Bréfritari: Sesselja Jónsdóttir
Viðtakandi: Jón Borgfirðingur
Dagsetning: A-1859-02-11
Skrifað á: Sólheimar í Blönduhlíð  Skag.
13 ára árið 1855 og var fósturd. Ól. Ólafssonar b. á Sólheimum

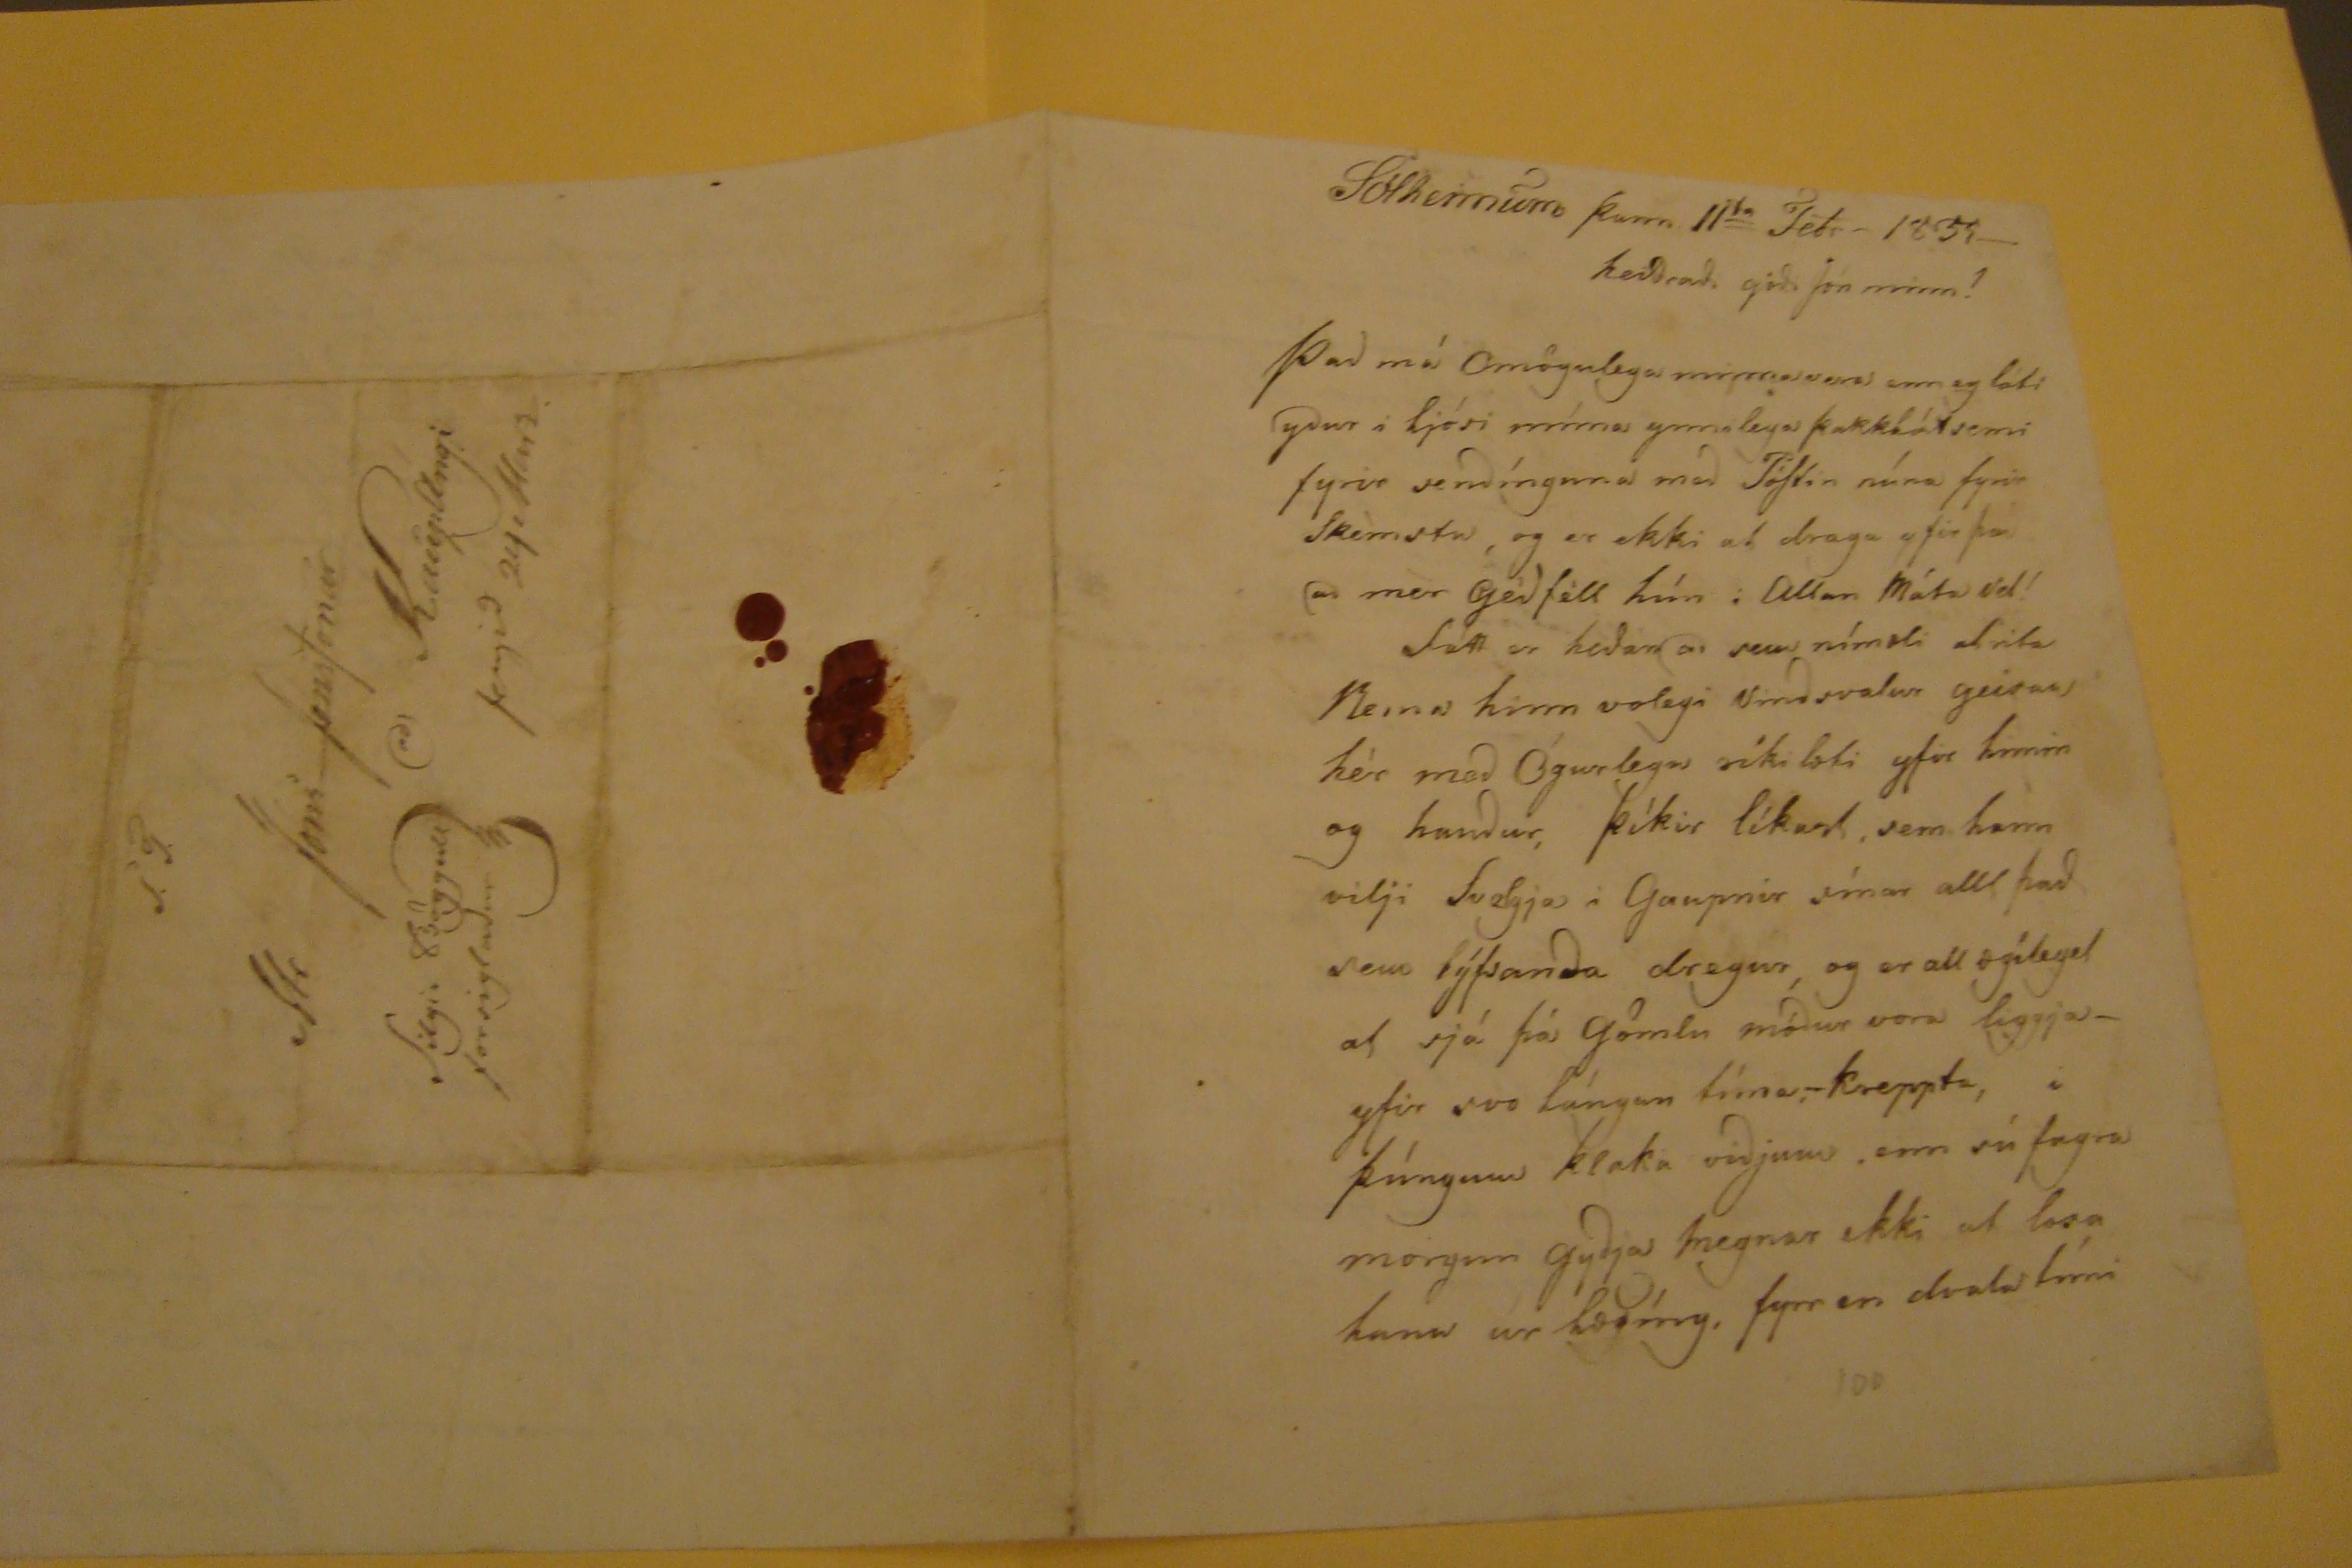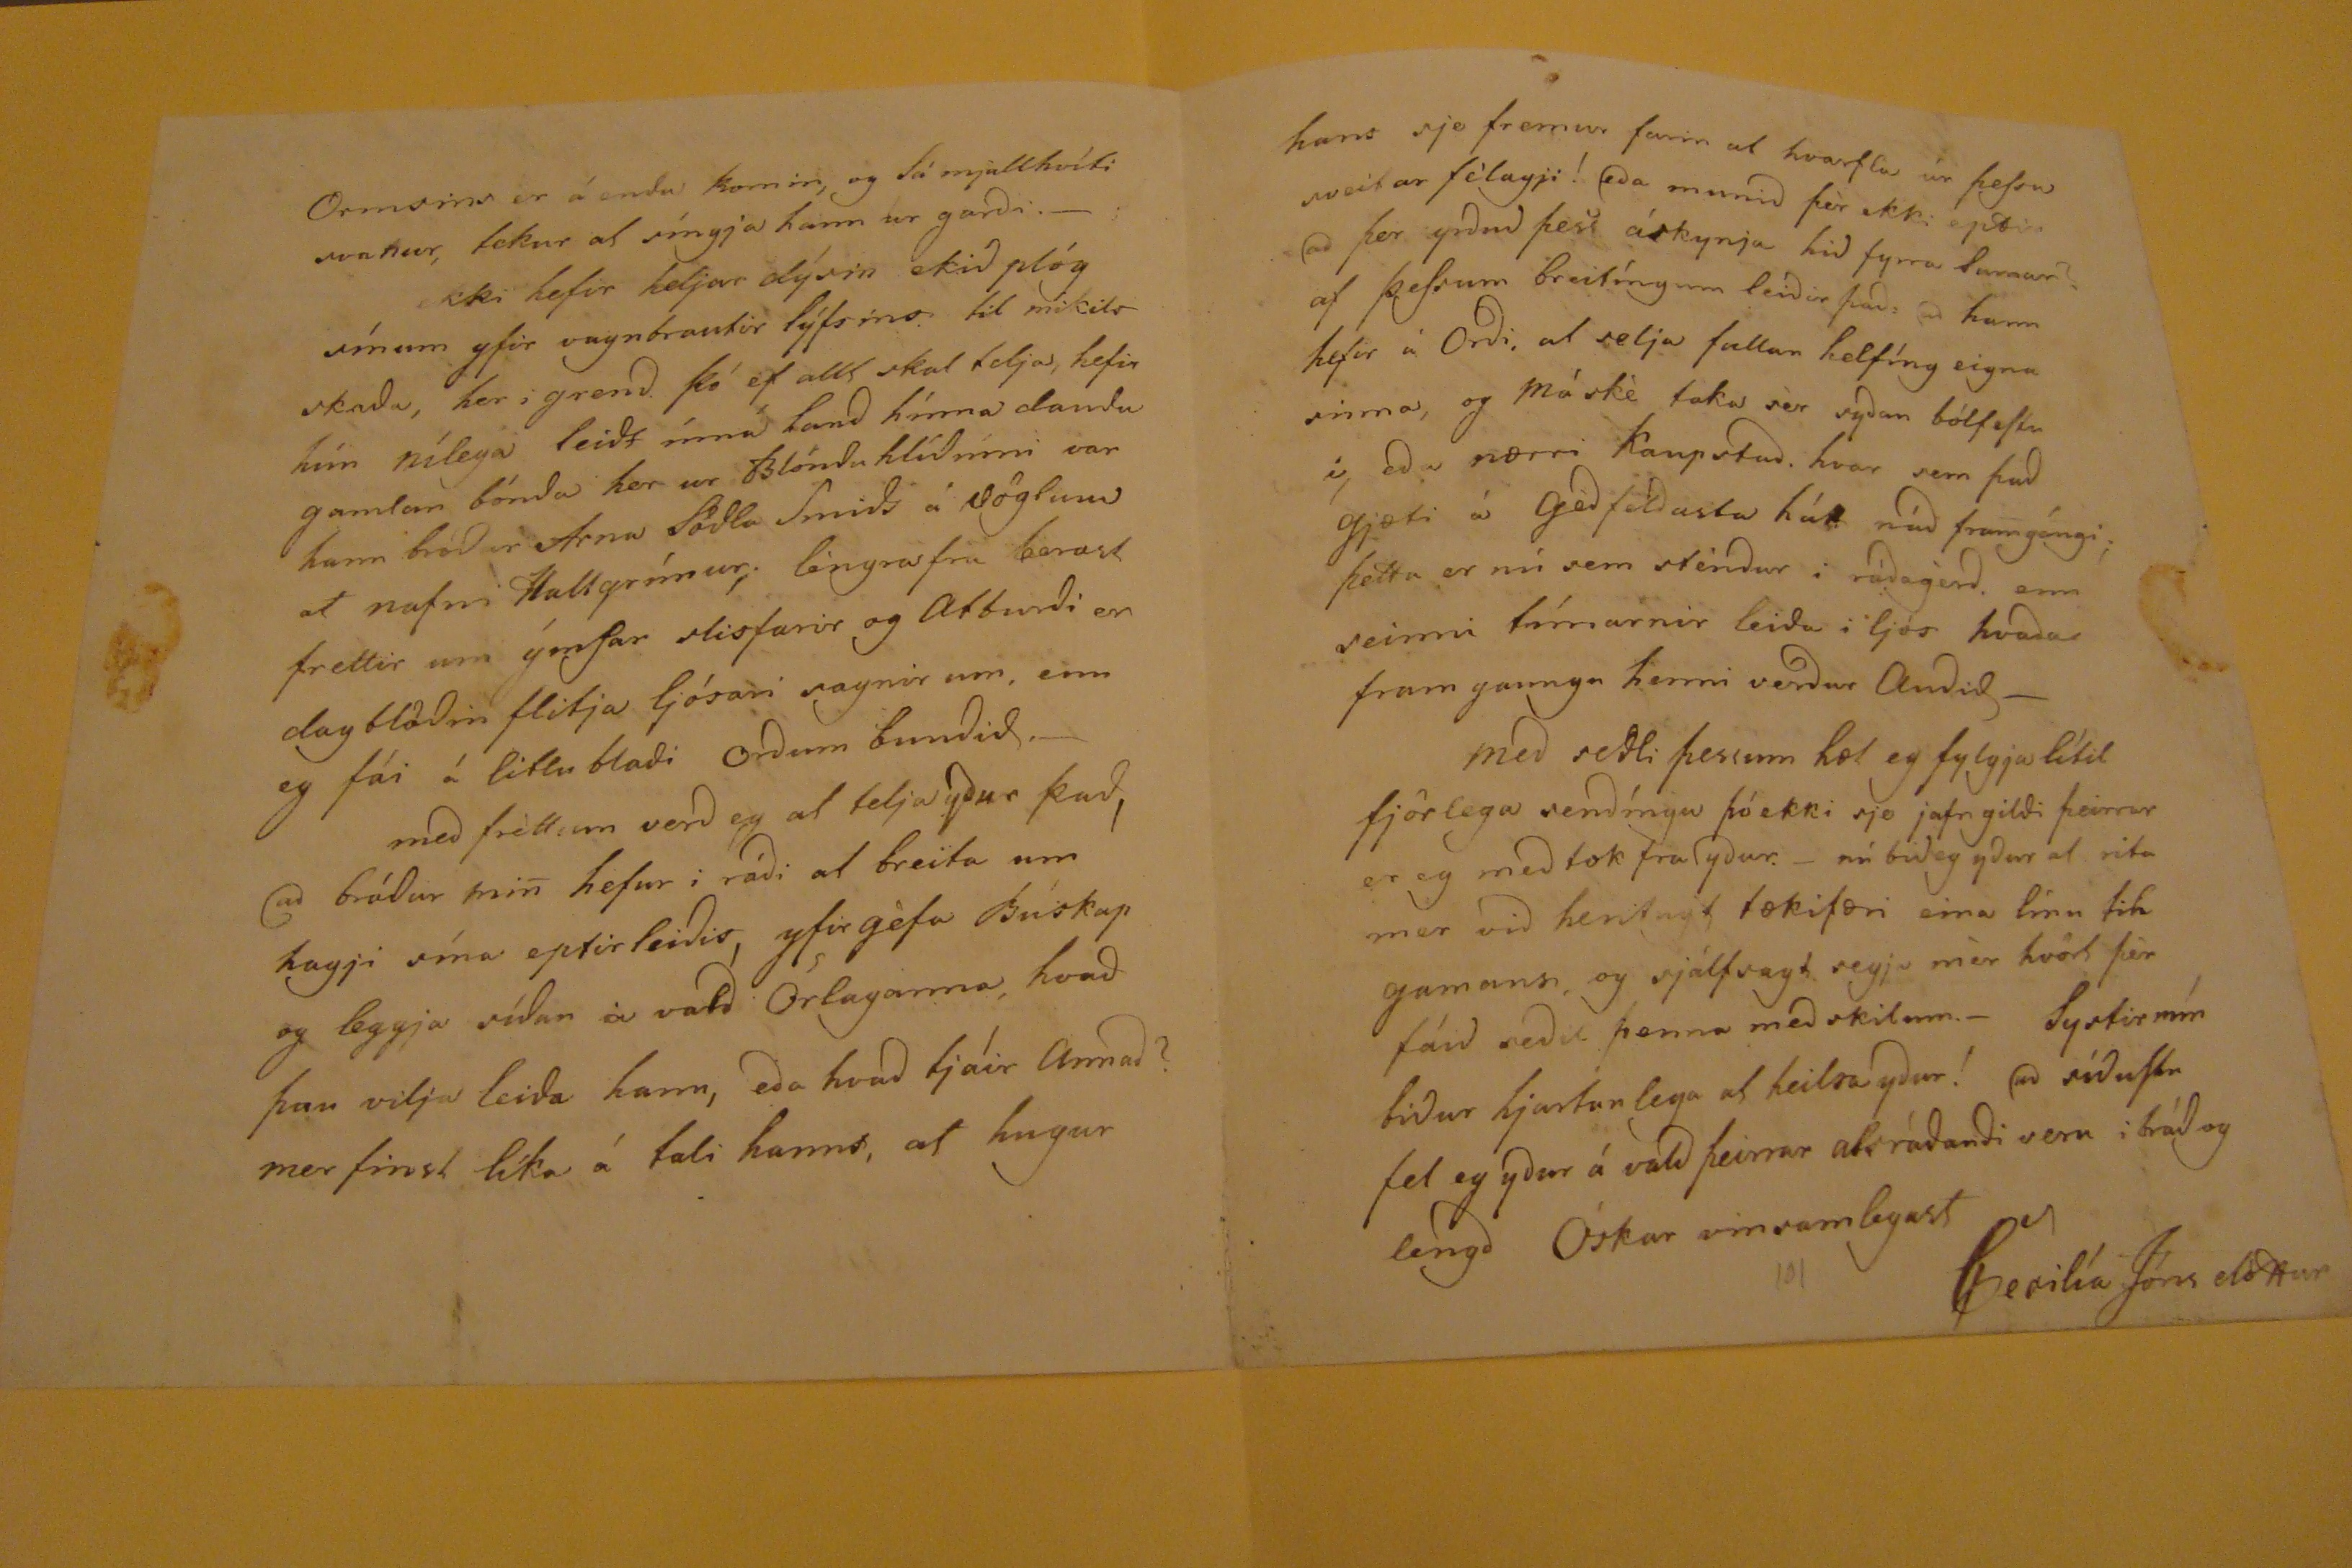

Sólheimum þann 11
ta
Febr -1859-
heidradi gódi Jón minn!
Þad má Omögulega minna vera enn eg láti ydur i ljósi
núna
ynnilega þakklátsemi fyrir sendínguna med PóStin núna fyrir Skèmstu, og er ekki ad draga yfir þó ad mèr gódféll hún i Allan Máta vel!
Sátt er hedan ad sem
nímsli
ad rita Meira hinn volegi virdsvalur geisar hèr med Ógurlega ríki lofi yfir himin og hendur, þíkir líkast, sem hann vilji Svelgja i Gaupnir sínar allt þad sem lýfsanda dregur, og er all
ogílegd
ad sjá þá gömlu módur vora liggja- yfir svo lángan tíma-kreppta, þúngum klaka vidjum. enn sú fagra morgun gydja megnar ekki ad losa hann úr lædíng. fyrr en dvala tími
Ormsins er á enda komin, og lá mjallhvíti svanur, tekur ad síngja hann úr gardi.-
ekki hefir heljar dýrin ekid plóg sínum yfir vagnbrautir lýfsins. til mikils skada, her i grend þó ef allt skal telja, hefir hún nílega leidt
ínna
land hínna daudu gamlan bónda her ur Blönduhlídinni var hann bródur Arna Södla Smids á söglum ad nafni Hallgrímur, leingra fra berast frettir um ýmSar stisfarir og atburdi er dagblödin flitja ljósari sagnir um. enn eg fái í litlu bladi ordum bundid.-
med fréttum verd eg at telja ydur þad, ad bródur min hefur i rádi at breita um hagji sína eptirleidis, yfirgèfa Búskap og leggja sídan á vald Orlaganna, hvad þau vilja leida hann, eda hvad tjáir annad? mer finst líka á tali hanns, at hugur
hans sje fremur farin at hvarfla úr þeSsu sveitar félagji! eda munid þèr ekki eptir ad þer yrdud þess áskynja hid fyrra Sumar? af þeSsum breitíngum leidir þad ad hann hefur á Ordi, ad selja fullar helfíng eigna sinna, og máskè taka sèr sydan
bófilir
i, eda nærri kaupstad. hvar sem þad gjæti á gedfeldasta hátt nád framgángi; þetta er nú sem sténdur i rádgerd enn seinni tímarnir leida i ljós hvada fram ganga henni verdur Audid-
med sedli þessum læt eg fylgja lítil fjörlega sendíngu þó ekki sje jafngildi þeirrar er eg medtok fra ydur.- nú bid eg ydur ad rita mer vid hentugt tækifæri eina línu til gamans, og sjálfsagt segja mèr hvört þèr fáid sedil þenna medskilum.- Systir mín bidur hjartanlega ad heilsa ydur! ad síduStu fel eg ydur á vald þeirrar alsrádandi sem i brád og lengd Óskar vinsamlegast
Sesilía Jóns dóttur
S.T.
Mr Jóni JónsSonur
ad Kaupangi
fengid 24 Marz
filgir Böggull forsigladur